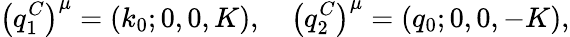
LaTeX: \left(q_{1}^{C}\right)^{\mu}=(k_{0};0,0,K),~~~~\left(q_{2}^{C}\right)^{\mu}=(q_{0};0,0,-K),